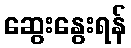
ဆွေးနွေးရန်